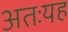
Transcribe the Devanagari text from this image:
अतःयह